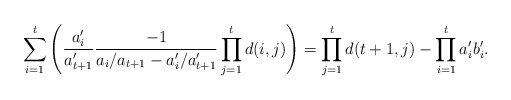
\begin{align*} \sum_{i=1}^t \left(\frac{a_i'}{a_{t+1}'}\frac{-1}{a_i/a_{t+1}-a_i'/a_{t+1}'}\prod_{j=1}^t d(i,j) \right)=\prod_{j=1}^t d(t+1,j) - \prod_{i=1}^t a_i'b_i'.\end{align*}